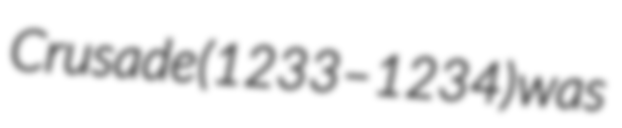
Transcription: Crusade (1233–1234) was